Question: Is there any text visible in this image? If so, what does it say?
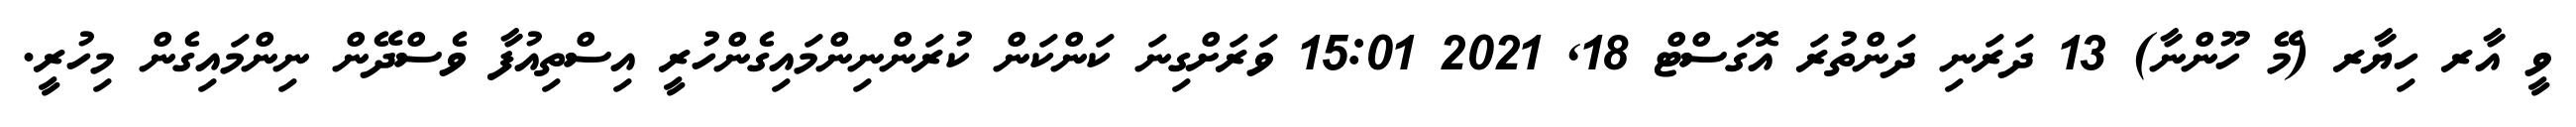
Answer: ވީ އާރ ހިޔާރ (މޭ ހޫންނާ) 13 ދަރަނި ދަންތުރަ އޮގަސްޓް 18, 2021 15:01 ވަރަށްގިނަ ކަންކަން ކުރަންނިންމައިގެންހުރީ އިސްތިއުފާ ވެސްދޭން ނިންމައިގެން މިހުރީ.